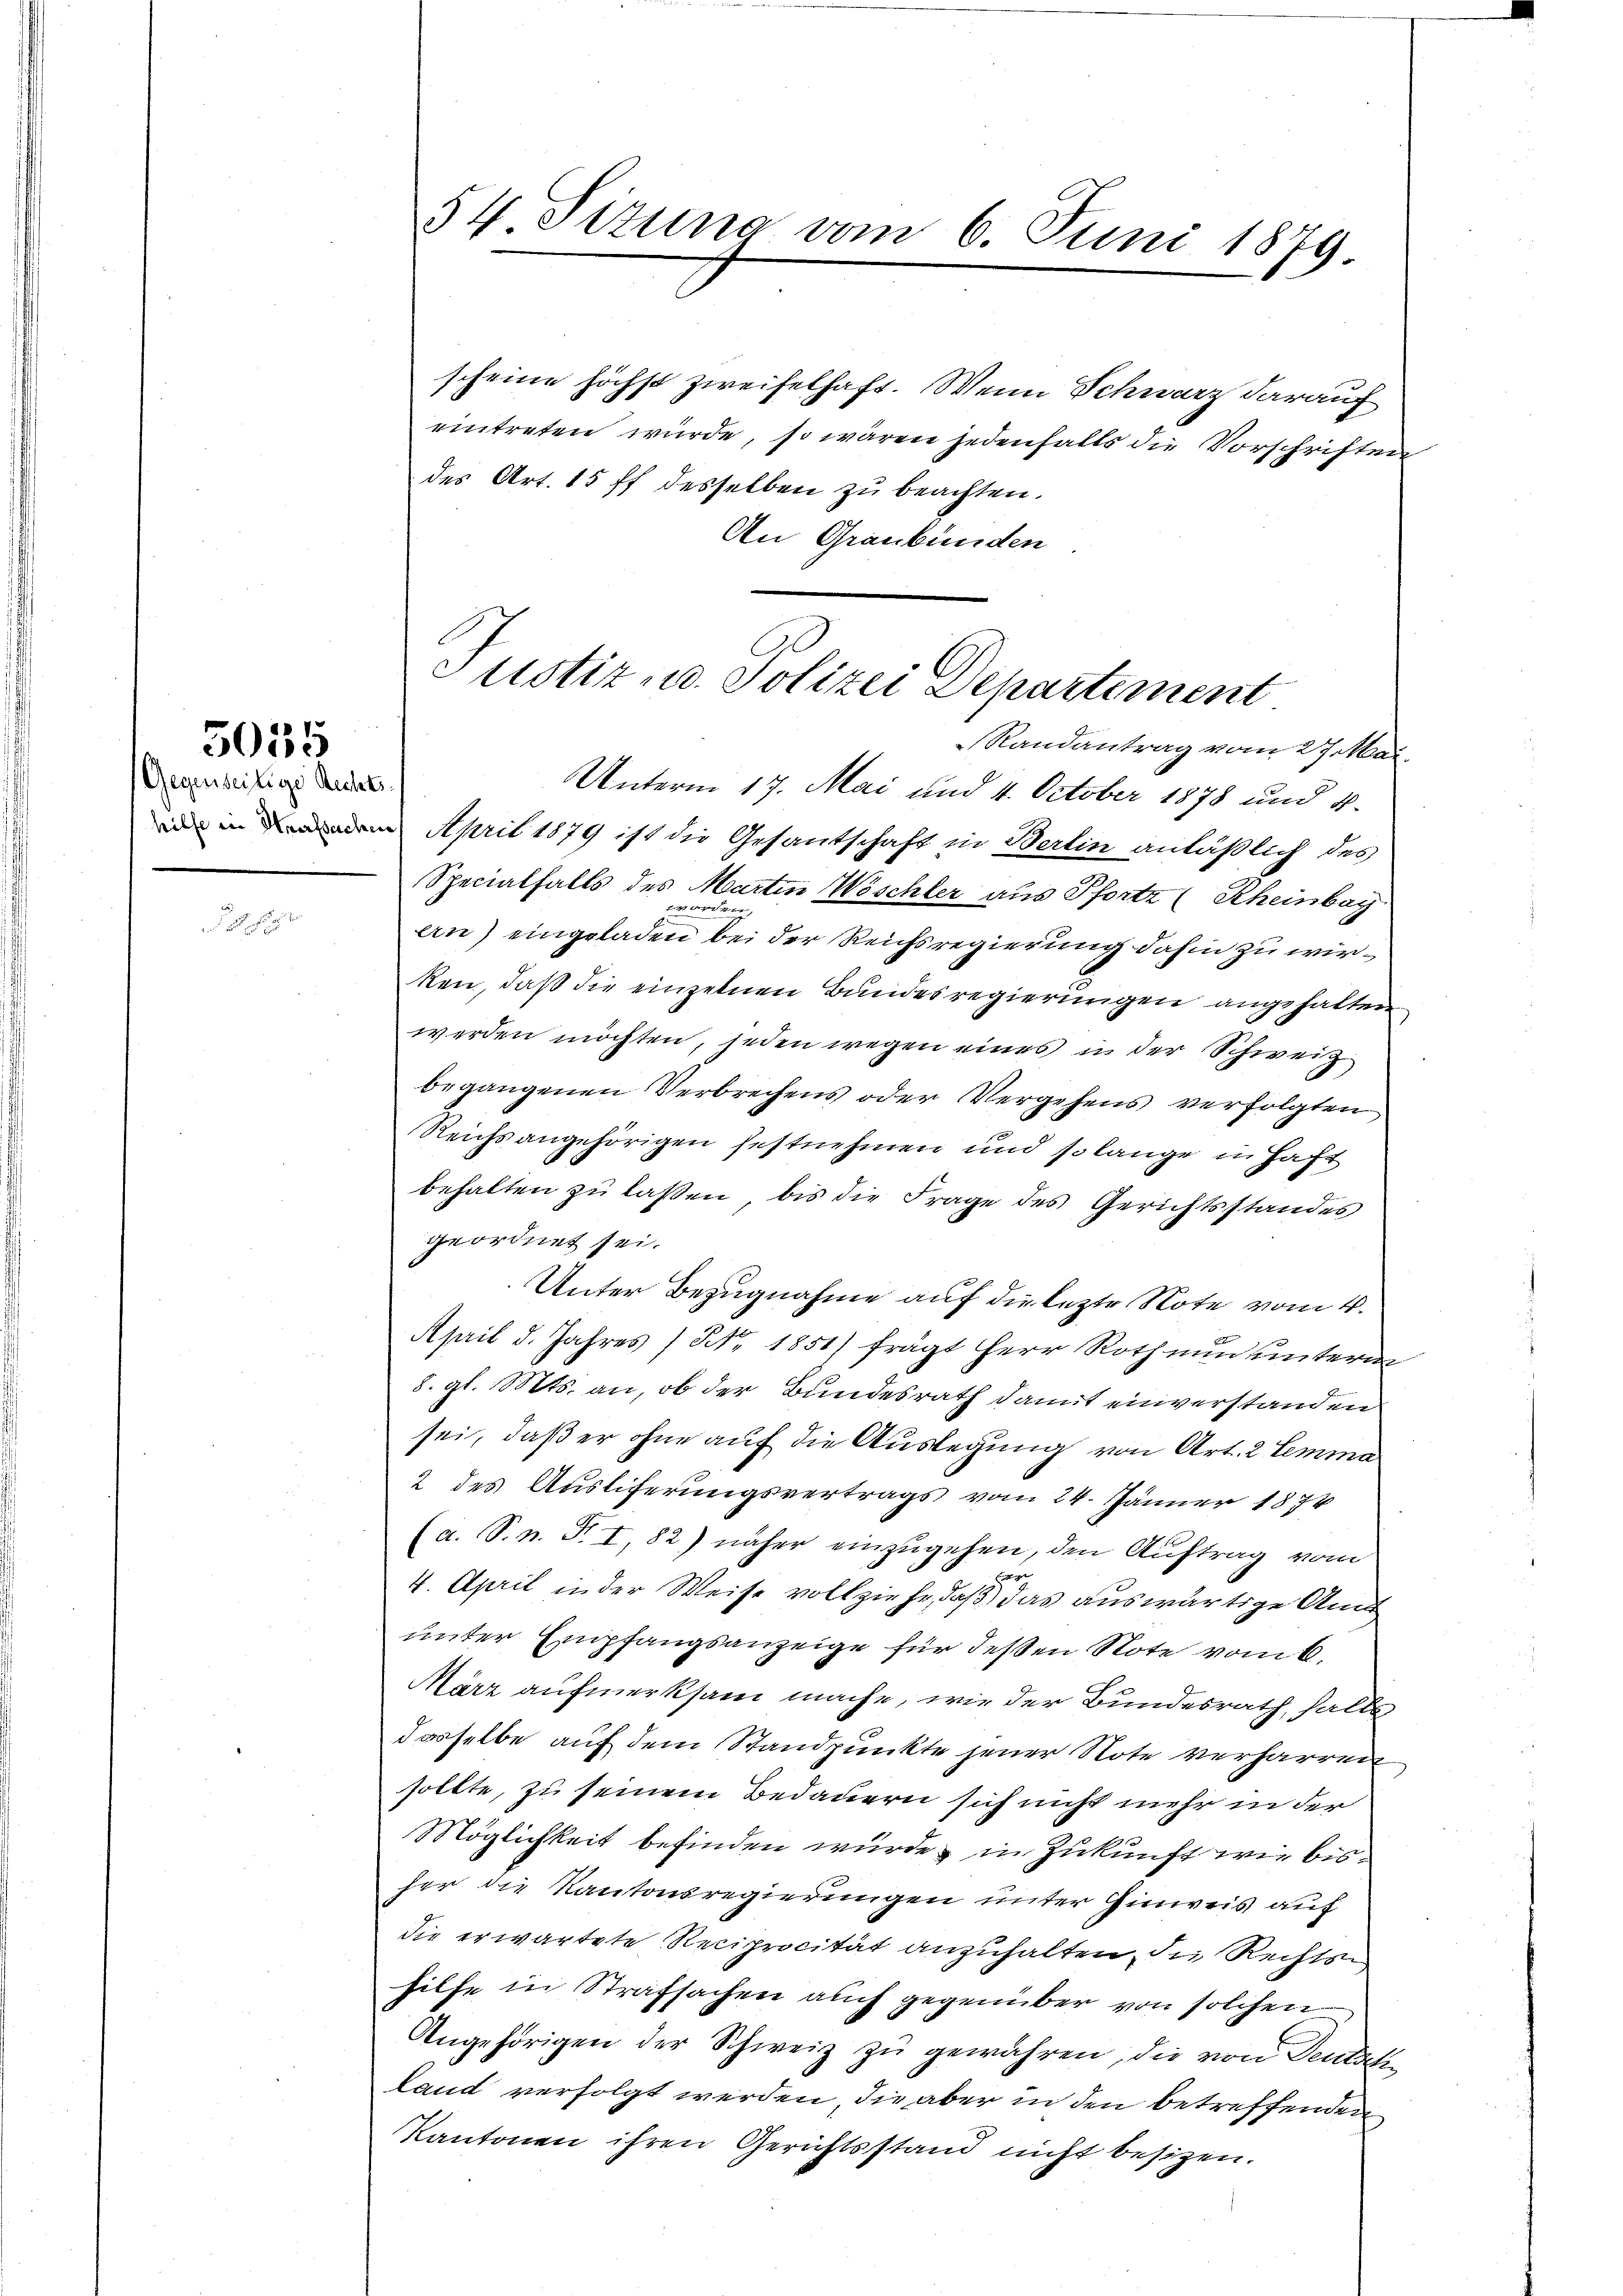
Gegenseitige Rechts

5035

54 Sizung vom 6. Juni 1879

scheine höchst zweifelhaft. Wenn Schwarz darauf
eintreten würde, so wären jedenfalls die Vorschriften
des Art. 15 ff desselben zu beachten.
An Graubünden
Unterm 17. Mai und 4. October 1878 und 4.
n in dem April 1879 ist die Gesantschaft in Berlin anläßlich des
Specialfalls des Martin Wöschler aus Pfortz (Rheinbay
e
u
ern) eingeladen bei der Reichsregierung dahin zu wirken, daß die einzelnen Bundesregierungen angehalten
werden möchten, jeden wegen eines in der Schweiz
begangenen Verbrechens oder Vergehens verfolgten
Reichs angehörigen festnehmen und so lange in Haft
behalten zŭ lassen bis die Frage des Gerichtsstandes
geordnet sei.
Unter Bezugnahme auf die lezte Note vom 4.
April d. Jahres (No. 1851) frägt Herr Roth nun unterm
8. gl. Mts. an, ob der Bundesrath damit einverstanden
sei, daß er ohne auf die Auslegung von Art. 2 Lemma
2 des Ausliferungsvertrags vom 24. Jänner 1874
(a. S. n. F. I, 82) näher einzugehen, den Auftrag vom
a
4. April in der Weise vollziehe, daß das auswärtige Amt
unter Empfangsanzeige für deßen Note vom 6.
März aufmerksam mache, wie der Bundesrath, falls
dasselbe auf dem Standpunkte jener Note verharren
sollte, zu seinem Bedauern sich nicht mehr in der
Möglichkeit befinden würde, in Zukunft wie bisher die Kantonsregierungen unter Hinweis auf
die erwartete Reciprocität anzuhalten, die Rechts
hilfe in Strafsachen auch gegenüber von solchen
Angehörigen der Schweiz zu gewähren, die von Dentati
land verfolgt werden, die aber in den betreffenden
Kantonen ihren Gerichtsstand nicht besizen.

Justiz u. Polizei Departement
Randantrag vom 27. Mai